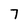
Character: 7